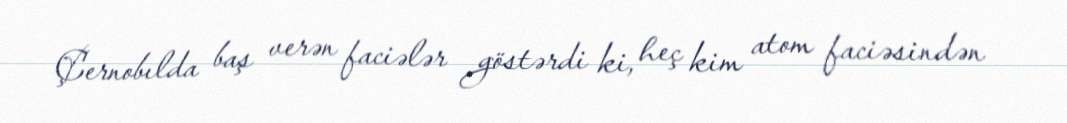
Çernobılda baş verən faciələr göstərdi ki, heç kim atom faciəsindən